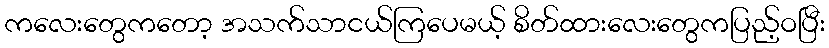
ကလေးတွေကတော့ အသက်သာငယ်ကြပေမယ့် စိတ်ထားလေးတွေကပြည့်ဝပြီး